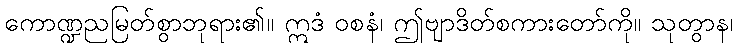
ကောဏ္ဍညမြတ်စွာဘုရား၏။ ဣဒံ ဝစနံ၊ ဤဗျာဒိတ်စကားတော်ကို။ သုတွာန၊